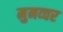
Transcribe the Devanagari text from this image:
मुनव्‍वर